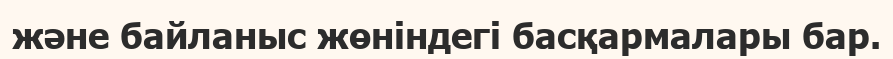
және байланыс жөніндегі басқармалары бар.